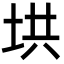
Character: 垬